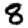
Digit: 8